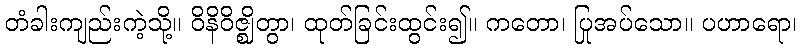
တံခါးကျည်းကဲ့သို့။ ဝိနိဝိဇ္ဈိတွာ၊ ထုတ်ခြင်းထွင်း၍။ ကတော၊ ပြုအပ်သော။ ပဟာရော၊